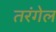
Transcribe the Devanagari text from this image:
तरंगेल